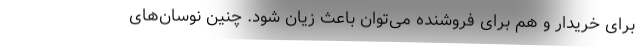
برای خریدار و هم برای فروشنده می‌توان باعث زیان شود. چنین نوسان‌های